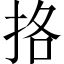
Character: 挌